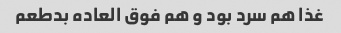
غذا هم سرد بود و هم فوق العاده بدطعم